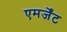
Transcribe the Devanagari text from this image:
एमर्जेंट